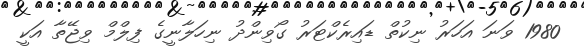
1980 ވަނަ އަހަރު ނިކުތް ޑައިރެކްޓަރު ގޯވިންދު ނިހަލާނީގެ ފިލްމް ވިޖޭތާ އަކީ